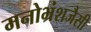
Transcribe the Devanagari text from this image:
मनोभ्रंशजैसी